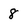
Character: 8